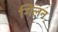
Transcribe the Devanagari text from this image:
गिलन